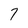
Character: 7